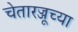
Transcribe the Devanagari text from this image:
चेतारज्जूच्या